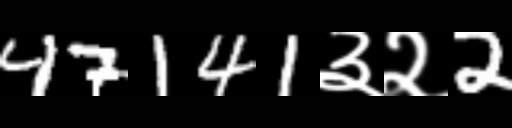
Text: 47141३२2